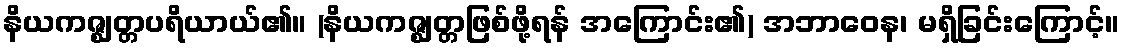
နိယကဇ္ဈတ္တပရိယာယ်၏။ (နိယကဇ္ဈတ္တဖြစ်ဖို့ရန် အကြောင်း၏) အဘာဝေန၊ မရှိခြင်းကြောင့်။